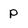
Character: p